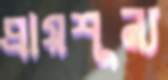
প্রায়শূন্য